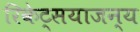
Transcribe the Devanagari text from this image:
रिकेट्सयाजन्य